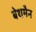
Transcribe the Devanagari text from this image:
बेथमैन